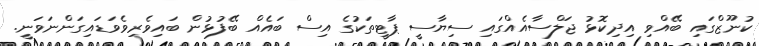
ކުނޫޒްގައި ބޭއްވި އިދިކޮޅު ޖަލްސާއެއްގައި ސިޔާސީ ޕާޓީތަކުގެ އިސް ބައެއް ބޭފުޅުން ބައިވެރިވެވަޑައިގަންނަވަނީ.